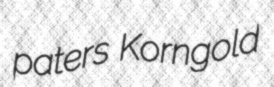
paters Korngold